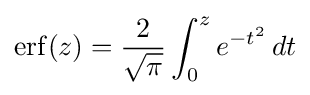
\operatorname {erf} (z)={\frac {2}{\sqrt {\pi }}}\int _{0}^{z}e^{-t^{2}}\,dt